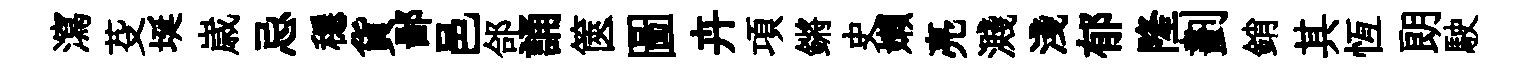
瀉芟埏𡻕忌穩貨鄙邑郃誦篋圖卉項鏘史嬾亮濺淺郁隆劃銷其恆朗駛